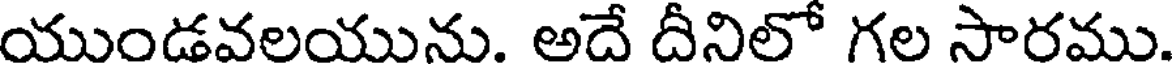
యుండవలయును. అదే దీనిలో గల సారము.